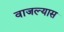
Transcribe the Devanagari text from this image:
वाजल्यास